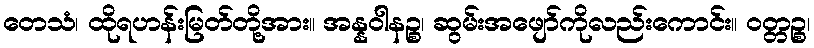
တေသံ၊ ထိုရဟန်းမြတ်တို့အား။ အန္နဝါနဉ္စ၊ ဆွမ်းအဖျော်ကိုလည်းကောင်း။ ဝတ္တဉ္စ၊